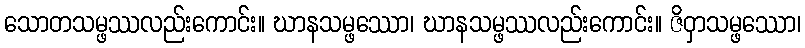
သောတသမ္ဖဿလည်းကောင်း။ ဃာနသမ္ဖဿော၊ ဃာနသမ္ဖဿလည်းကောင်း။ ဇိဝှာသမ္ဖဿော၊